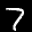
Label: 7